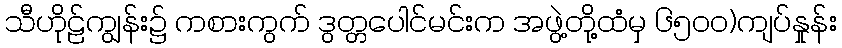
သီဟိုဠ်ကျွန်း၌ ကစားကွက် ဒွတ္တပေါင်မင်းက အဖွဲ့တို့ထံမှ ၆၅၀၀)ကျပ်နှုန်း